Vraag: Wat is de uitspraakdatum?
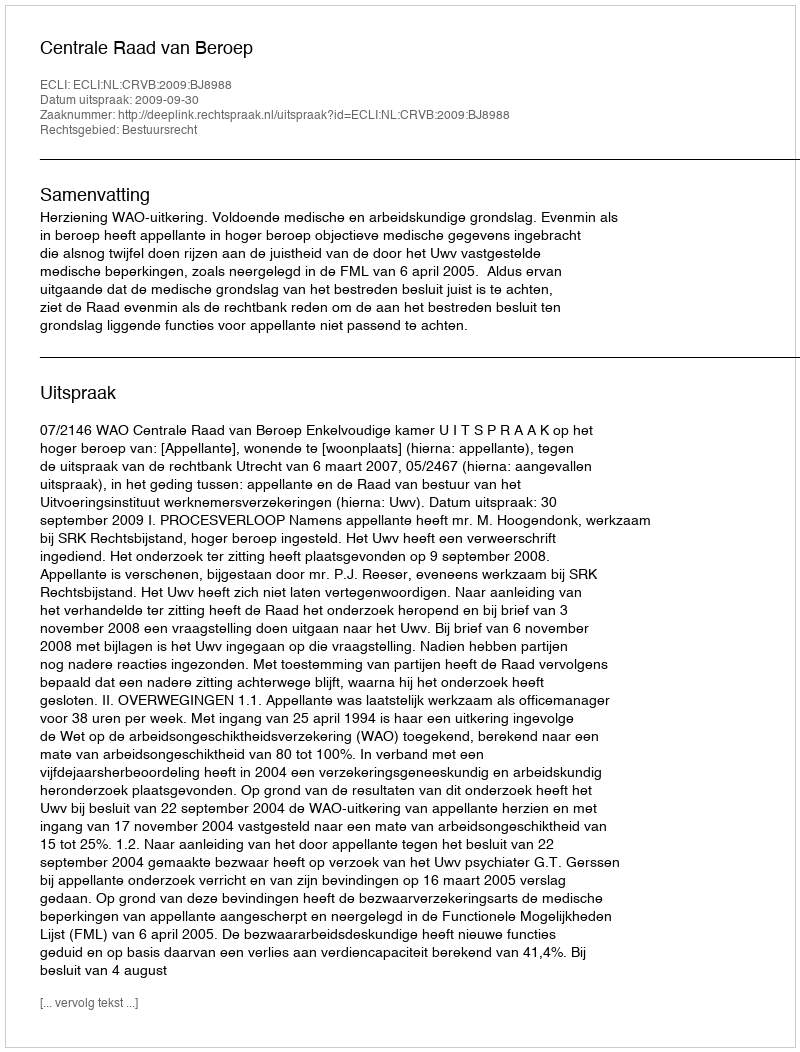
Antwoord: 2009-09-30